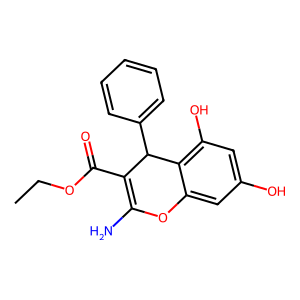
SMILES: CCOC(=O)C1=C(N)Oc2cc(O)cc(O)c2C1c1ccccc1
Inhibits HIV replication: No